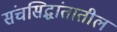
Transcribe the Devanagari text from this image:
संचसिद्धांतातील